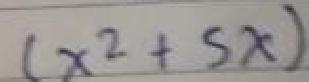
\((x^{2}+5x)\)